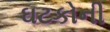
ઘટકોની